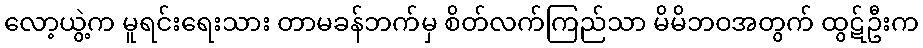
လော့ယွဲ့က မူရင်းရေးသား တာမခန်ဘက်မှ စိတ်လက်ကြည်သာ မိမိဘဝအတွက် ထွဋ်ဦးက